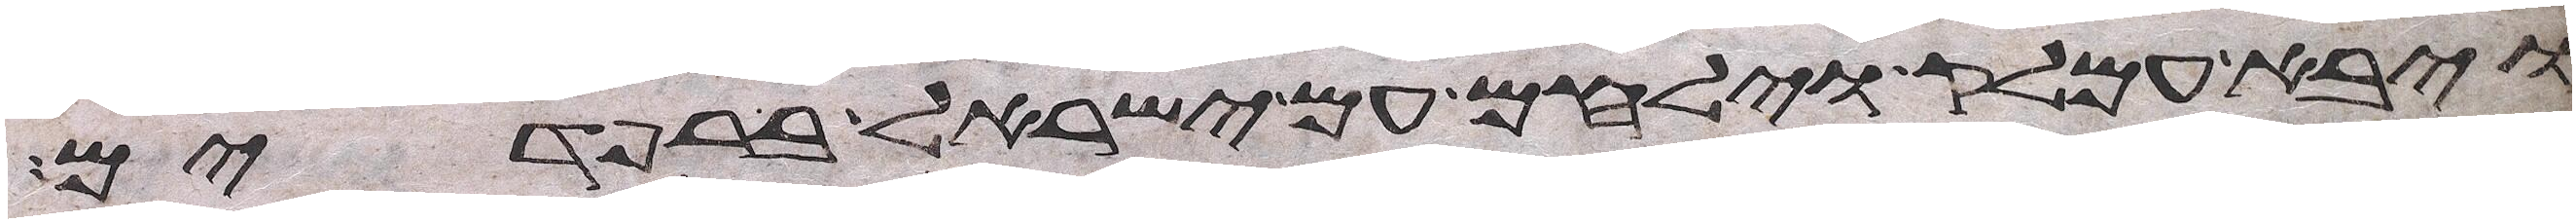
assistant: ויבא עמלק וילחם עם ישראל ברפידים